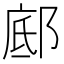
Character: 䣌